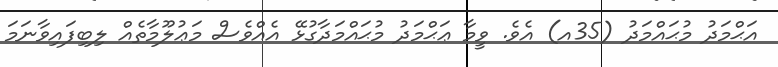
އަޙްމަދު މުޙައްމަދު (35އ) އެވެ. ވީމާ ޢަޙްމަދު މުޙައްމަދާގުޅޭ އެއްވެސް މަޢުލޫމާތެއް ލިބިފައިވާނަމަ